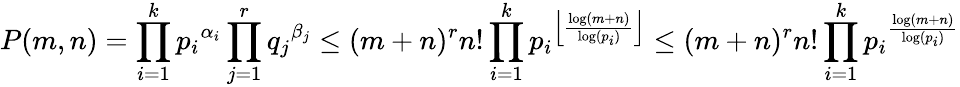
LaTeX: P(m,n)=\prod_{i=1}^{k}{p_{i}}^{\alpha_{i}}\prod_{j=1}^{r}{q_{j}}^{\beta_{j}}\leq(m+n)^{r}n!\prod_{i=1}^{k}{p_{i}}^{\left\lfloor\frac{\log(m+n)}{\log(p_{i})}\right\rfloor}\leq(m+n)^{r}n!\prod_{i=1}^{k}{p_{i}}^{\frac{\log(m+n)}{\log(p_{i})}}